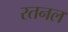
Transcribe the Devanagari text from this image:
रतनल